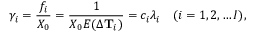
\gamma _ { i } = \frac { f _ { i } } { X _ { 0 } } = \frac { 1 } { X _ { 0 } E ( \Delta \mathbf { T } _ { i } ) } = c _ { i } \lambda _ { i } \quad ( i = 1 , 2 , \dots I ) ,